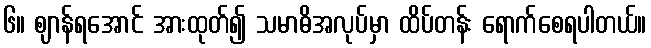
၆။ ဈာန်ရအောင် အားထုတ်၍ သမာဓိအလုပ်မှာ ထိပ်တန်း ရောက်စေရပါတယ်။